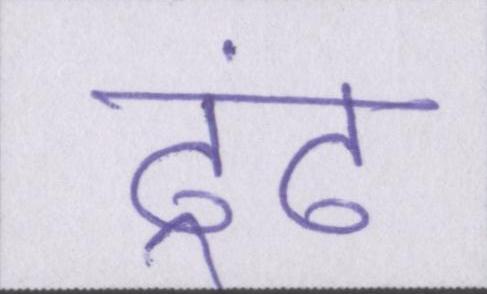
ढूंढ